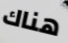
هناك